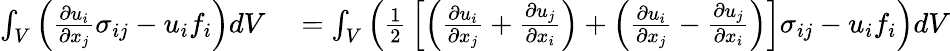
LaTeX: \begin{array}{rl}{\int_{V}\left({\frac{\partial u_{i}}{\partial x_{j}}}\sigma_{ij}-u_{i}f_{i}\right)dV}&{{}=\int_{V}\left({\frac{1}{2}}\left[\left({\frac{\partial u_{i}}{\partial x_{j}}}+{\frac{\partial u_{j}}{\partial x_{i}}}\right)+\left({\frac{\partial u_{i}}{\partial x_{j}}}-{\frac{\partial u_{j}}{\partial x_{i}}}\right)\right]\sigma_{ij}-u_{i}f_{i}\right)dV}\end{array}